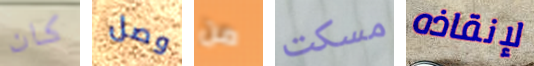
كان وصل من مسكت لإنقاذه